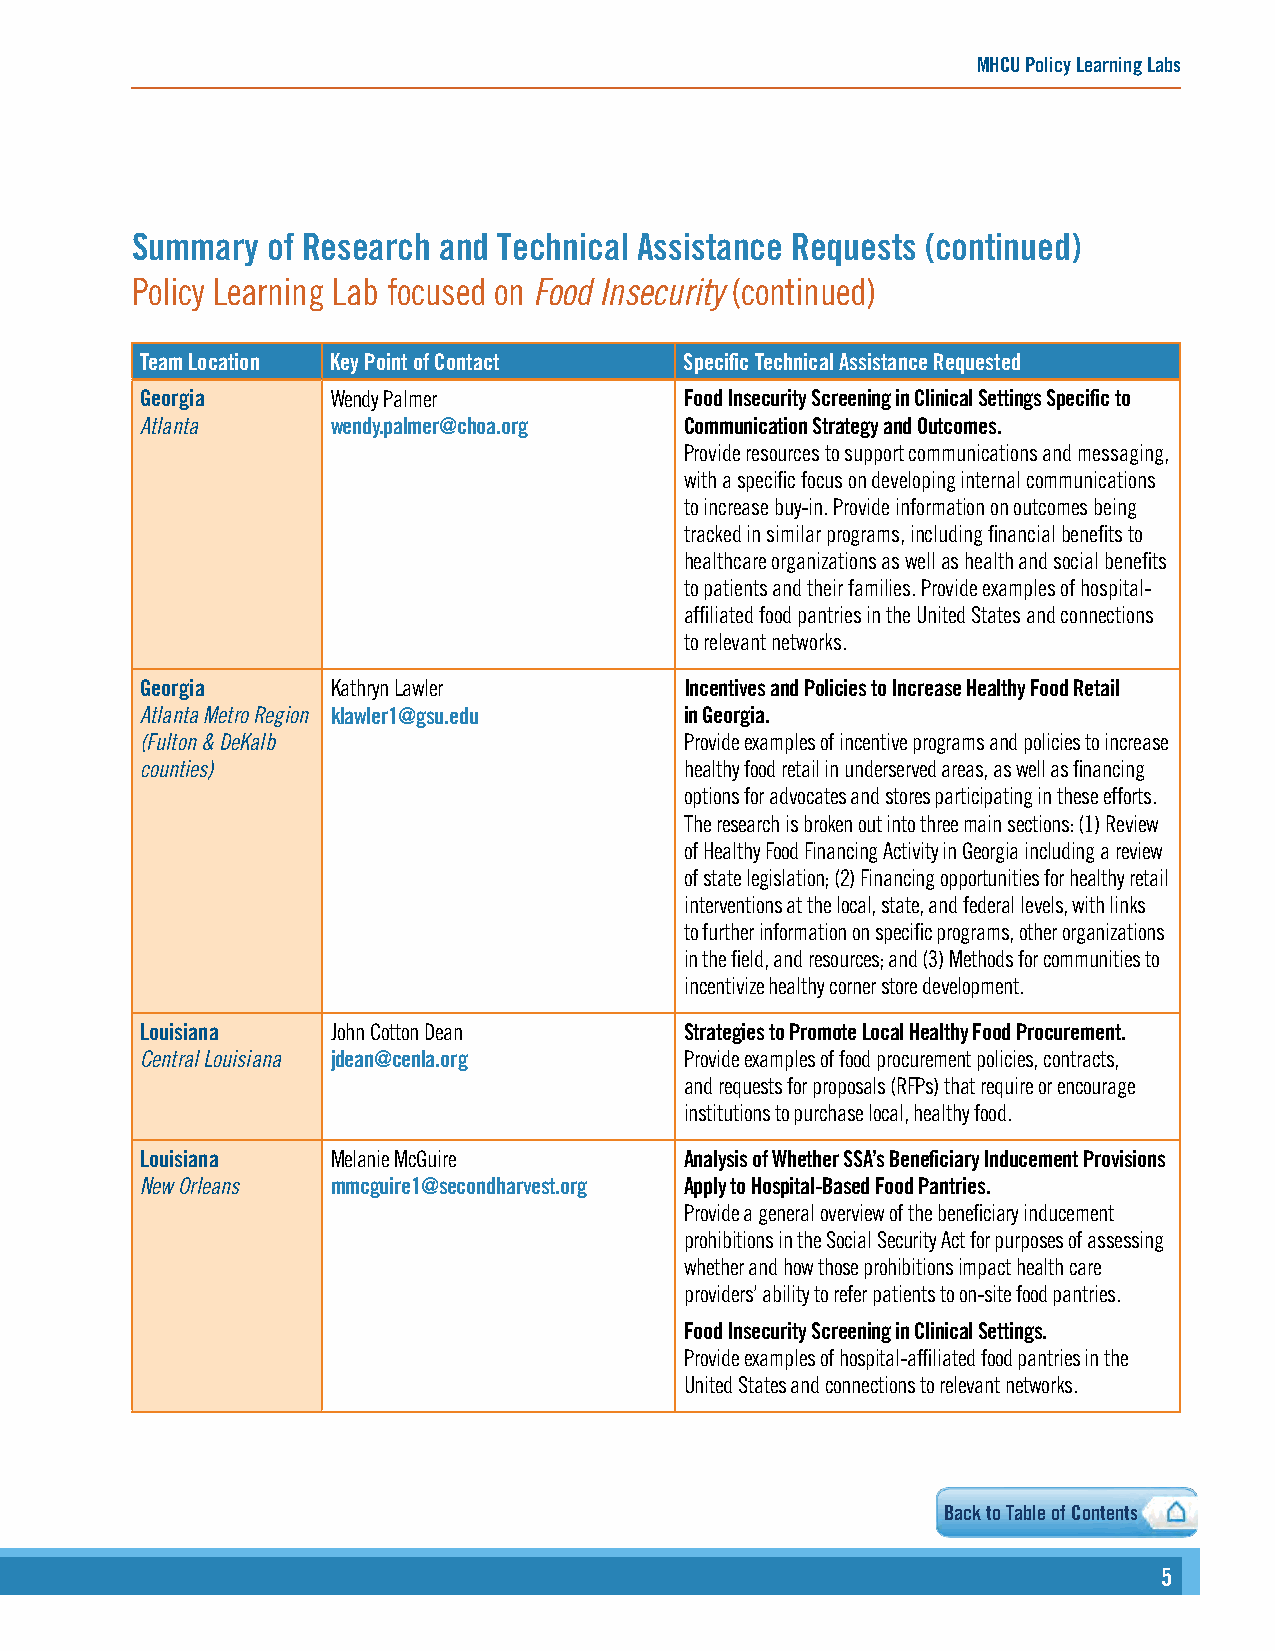
MHCU Policy Learning Labs
 Summary  of Research and Technical Assistance Requests (continued)
 Policy Learning Lab focused on Food Insecurity (continued)
 Team Location Key Point of Contact  Specific Technical Assistance Requested
 Georgia      Wendy Palmer           Food Insecurity Screening in Clinical Settings Specific to
 Atlanta      wendy.palmer@choa.org  Communication Strategy and Outcomes.
 Provide resources to support communications and messaging,
 with a specific focus on developing internal communications
 to increase buy-in. Provide information on outcomes being
 tracked in similar programs, including financial benefits to
 healthcare organizations as well as health and social benefits
 to patients and their families. Provide examples of hospital-
 affiliated food pantries in the United States and connections
 to relevant networks.
 Georgia      Kathryn Lawler         Incentives and Policies to Increase Healthy Food Retail
 Atlanta Metro Region klawler1@gsu.edu in Georgia.
 (Fulton & DeKalb                    Provide examples of incentive programs and policies to increase
 counties)                           healthy food retail in underserved areas, as well as financing
 options for advocates and stores participating in these efforts.
 The research is broken out into three main sections: (1) Review
 of Healthy Food Financing Activity in Georgia including a review
 of state legislation; (2) Financing opportunities for healthy retail
 interventions at the local, state, and federal levels, with links
 to further information on specific programs, other organizations
 in the field, and resources; and (3) Methods for communities to
 incentivize healthy corner store development.
 Louisiana    John Cotton Dean       Strategies to Promote Local Healthy Food Procurement.
 Central Louisiana jdean@cenla.org   Provide examples of food procurement policies, contracts,
 and requests for proposals (RFPs) that require or encourage
 institutions to purchase local, healthy food.
 Louisiana    Melanie McGuire        Analysis of Whether SSA’s Beneficiary Inducement Provisions
 New Orleans  mmcguire1@secondharvest.org Apply to Hospital-Based Food Pantries.
 Provide a general overview of the beneficiary inducement
 prohibitions in the Social Security Act for purposes of assessing
 whether and how those prohibitions impact health care
 providers’ ability to refer patients to on-site food pantries.
 Food Insecurity Screening in Clinical Settings.
 Provide examples of hospital-affiliated food pantries in the
 United States and connections to relevant networks.
 Back to Table of Contents
 55